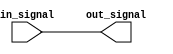
module io_block_lvcmos_buffer (
    input wire in_signal,
    output wire out_signal
);

assign out_signal = in_signal; //  Lvcmos buffer logic

endmodule